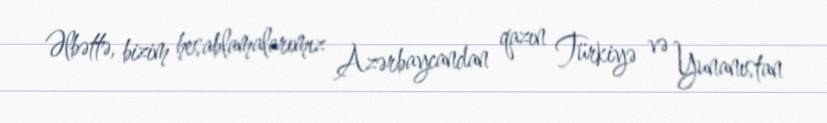
Əlbəttə, bizim hesablamalarımız Azərbaycandan qazın Türkiyə və Yunanıstan